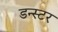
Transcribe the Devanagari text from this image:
डन्स्टर